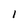
Character: I